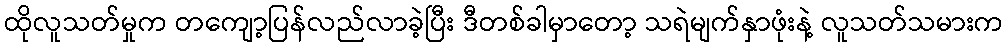
ထိုလူသတ်မှုက တကျော့ပြန်လည်လာခဲ့ပြီး ဒီတစ်ခါမှာတော့ သရဲမျက်နှာဖုံးနဲ့ လူသတ်သမားက